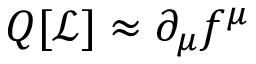
Q [ { \mathcal { L } } ] \approx \partial _ { \mu } f ^ { \mu }